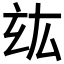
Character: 𤣦